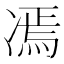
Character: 𱐋